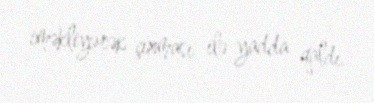
iməkliyərək çıxması ilə yadda qaldı.